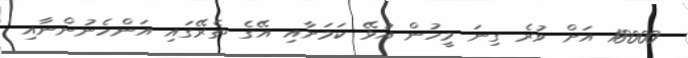
18000 އަށް ވުރެ ގިނަ މީހުން އުޅޭ ކަމަށާއި އޭގެ ތެރޭގައި އަންހެނުންނާއި